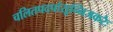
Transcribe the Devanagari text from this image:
चलितपदपांसून्निजकरैः